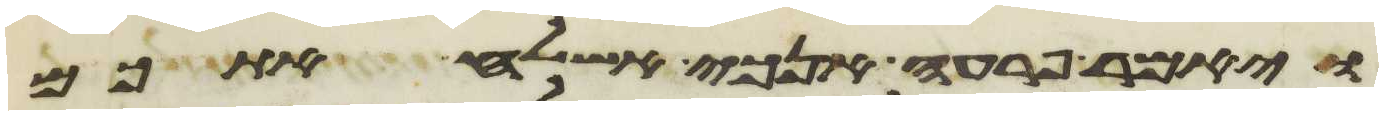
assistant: ויאמר פרעה אנכי אשלח אתכם